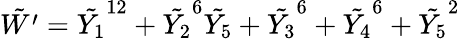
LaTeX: \tilde{W^{\prime}}=\tilde{Y_{1}}^{12}+\tilde{Y_{2}}^{6}\tilde{Y_{5}}+\tilde{Y_{3}}^{6}+\tilde{Y_{4}}^{6}+\tilde{Y_{5}}^{2}